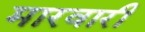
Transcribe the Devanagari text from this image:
मारवारी